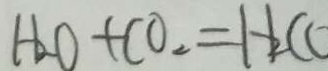
H _ { 2 } O + C O _ { 2 } = H _ { 2 } C O